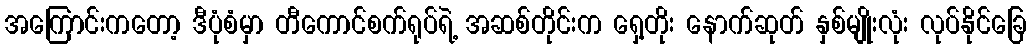
အကြောင်းကတော့ ဒီပုံစံမှာ တီကောင်စက်ရုပ်ရဲ့ အဆစ်တိုင်းက ရှေ့တိုး နောက်ဆုတ် နှစ်မျိုးလုံး လုပ်နိုင်ခြေ